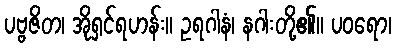
ပဗ္ဗဇိတ၊ အိုရှင်ရဟန်း။ ဥရဂါနံ၊ နဂါးတို့၏။ ပဝရော၊